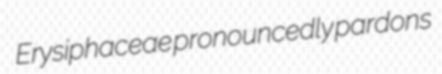
Erysiphaceae pronouncedly pardons